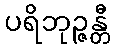
ပရိဘုဉ္ဇန္တီ